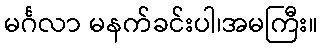
မင်္ဂလာ မနက်ခင်းပါ၊အမကြီး။